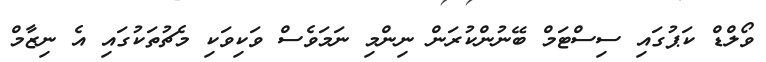
ވޯލްޑް ކަޕުގައި ސިސްޓަމް ބޭނުންކުރަން ނިންމި ނަމަވެސް ވަކިވަކި މެޗުތަކުގައި އެ ނިޒާމް